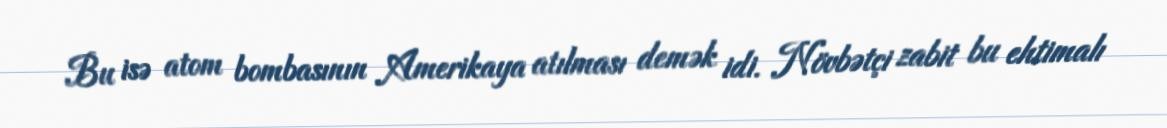
Bu isə atom bombasının Amerikaya atılması demək idi. Növbətçi zabit bu ehtimalı